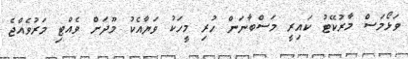
ވަޅޯމަސް މާރުކޭޓު ކައިރީ މަސްބާނަން ހުރި މީހަކު ވަޔާއެކު މޫދަށް ވެއްޓި މަރުވެއްޖެ